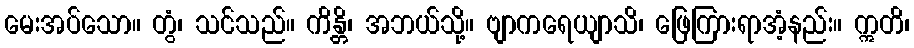
မေးအပ်သော။ တွံ၊ သင်သည်။ ကိန္တိ၊ အဘယ်သို့။ ဗျာကရေယျာသိ၊ ဖြေကြားရာအံ့နည်း။ ဣတိ၊